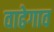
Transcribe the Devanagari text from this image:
वाढेगाव